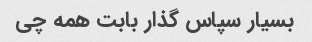
بسیار سپاس گذار بابت همه چی